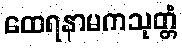
ထေရနာမကသုတ္တံ